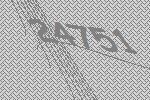
24751